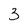
Character: 3